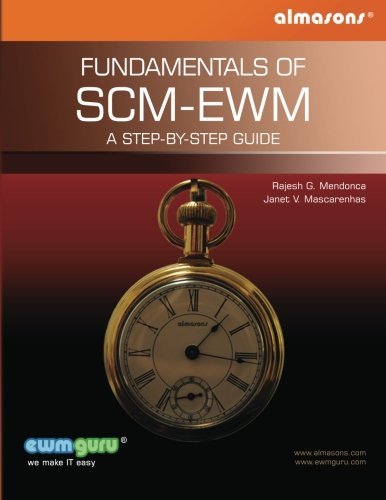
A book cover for Fundamentals Of SCM-EWM: A Step-by-Step Guide; Mr. Rajesh G Mendonca; Education & Teaching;